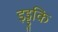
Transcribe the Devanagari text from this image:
इड्डुकि